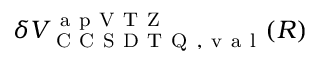
\delta V _ { \mathrm { ~ C ~ C ~ S ~ D ~ T ~ Q ~ , ~ v ~ a ~ l ~ } } ^ { \mathrm { ~ a ~ p ~ V ~ T ~ Z ~ } } ( R )